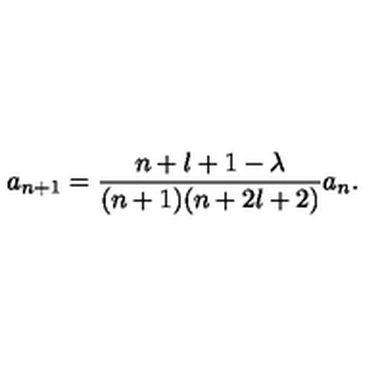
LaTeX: a _ { n + 1 } = \frac { n + l + 1 - \lambda } { ( n + 1 ) ( n + 2 l + 2 ) } a _ { n } .